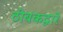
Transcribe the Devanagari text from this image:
ठीबकद्वारे